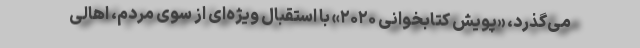
می‌گذرد، «پویش کتابخوانی ۲۰۲۰» با استقبال ویژه‌ای از سوی مردم، اهالی